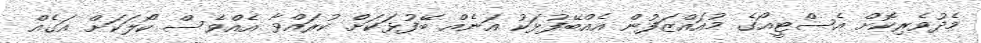
މެދުވެރިކޮށް އެސްޓީއޯގެ މުއައްޒަފުން އެއްބޭފުޅަކު އަނެއް ބޭފުޅަކަށް ކުރައްވާ އެއްވެސް ކޯލަކަށް އަގެއް